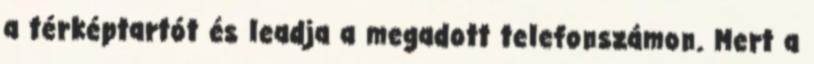
a térképtartót és leadja a megadott telefonszámon. Mert a